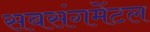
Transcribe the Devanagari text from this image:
सबसंगमेंटल